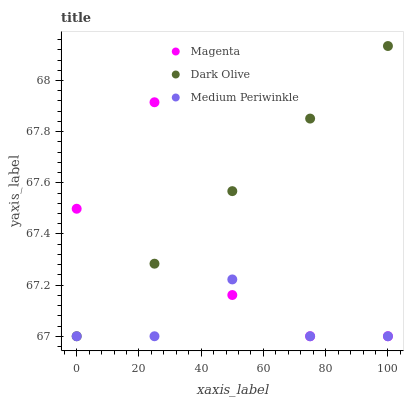
| xaxis_label | Magenta | Dark Olive | Medium Periwinkle |
 | --- | --- | --- | --- |
 | 0 | 67.5 | 67 | 67 |
 | 25 | 67.9 | 67.3 | 67 |
 | 50 | 67.2 | 67.6 | 67.2 |
 | 75 | 67 | 67.9 | 67 |
 | 100 | 67 | 68.1 | 67 |